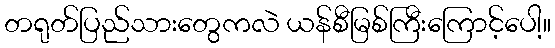
တရုတ်ပြည်သားတွေကလဲ ယန်စီမြစ်ကြီးကြောင့်ပေါ့။